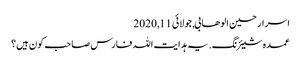
اسرار حسین الوھابی, ‏جولائی 11, 2020
عمدہ شیئرنگ. یہ ہدایت اللہ فارس صاحب کون ہیں؟